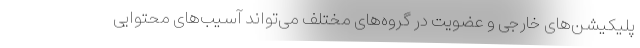
پلیکیشن‌های خارجی و عضویت در گروه‌های مختلف می‌تواند آسیب‌های محتوایی